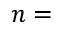
n =